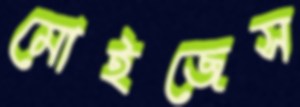
মোইজেস